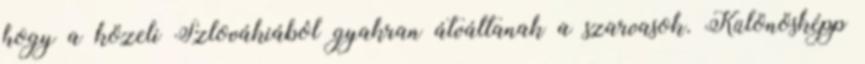
hogy a közeli Szlovákiából gyakran átváltanak a szarvasok. Különösképp